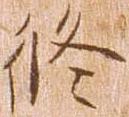
修